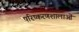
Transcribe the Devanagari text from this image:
परिष्करणशालाओं